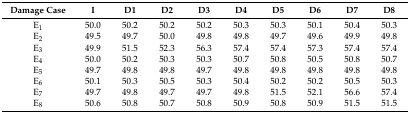
<table><thead><tr><td><b>Damage Case</b></td><td><b>I</b></td><td><b>D1</b></td><td><b>D2</b></td><td><b>D3</b></td><td><b>D4</b></td><td><b>D5</b></td><td><b>D6</b></td><td><b>D7</b></td><td><b>D8</b></td></tr></thead><tbody><tr><td>E<sub>1</sub></td><td>50.0</td><td>50.2</td><td>50.2</td><td>50.2</td><td>50.3</td><td>50.3</td><td>50.1</td><td>50.4</td><td>50.3</td></tr><tr><td>E<sub>2</sub></td><td>49.5</td><td>49.7</td><td>50.0</td><td>49.8</td><td>49.8</td><td>49.7</td><td>49.6</td><td>49.9</td><td>49.8</td></tr><tr><td>E<sub>3</sub></td><td>49.9</td><td>51.5</td><td>52.3</td><td>56.3</td><td>57.4</td><td>57.4</td><td>57.3</td><td>57.4</td><td>57.4</td></tr><tr><td>E<sub>4</sub></td><td>50.0</td><td>50.2</td><td>50.3</td><td>50.3</td><td>50.7</td><td>50.8</td><td>50.5</td><td>50.8</td><td>50.7</td></tr><tr><td>E<sub>5</sub></td><td>49.7</td><td>49.8</td><td>49.8</td><td>49.7</td><td>49.8</td><td>49.8</td><td>49.8</td><td>49.8</td><td>49.8</td></tr><tr><td>E<sub>6</sub></td><td>50.1</td><td>50.3</td><td>50.5</td><td>50.3</td><td>50.4</td><td>50.2</td><td>50.2</td><td>50.5</td><td>50.3</td></tr><tr><td>E<sub>7</sub></td><td>49.7</td><td>49.8</td><td>49.7</td><td>49.7</td><td>49.8</td><td>51.5</td><td>52.1</td><td>56.6</td><td>57.4</td></tr><tr><td>E<sub>8</sub></td><td>50.6</td><td>50.8</td><td>50.7</td><td>50.8</td><td>50.9</td><td>50.8</td><td>50.9</td><td>51.5</td><td>51.5</td></tr></tbody></table>